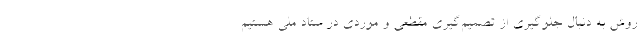
روش به دنبال جلوگیری از تصمیم‌گیری مقطعی و موردی در ستاد ملی هستیم